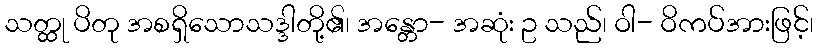
သတ္ထု ပိတု အစရှိသောသဒ္ဒါတို့၏၊ အန္တော- အဆုံး ဥ သည်၊ ဝါ- ဝိကပ်အားဖြင့်၊